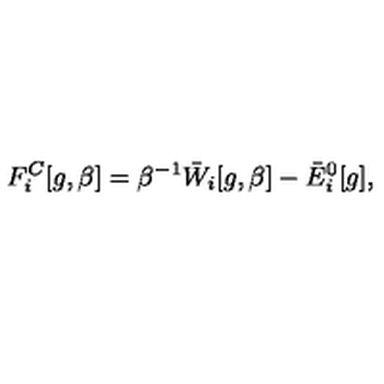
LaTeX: F _ { i } ^ { C } [ g , \beta ] = \beta ^ { - 1 } \bar { W } _ { i } [ g , \beta ] - \bar { E } _ { i } ^ { 0 } [ g ] ,